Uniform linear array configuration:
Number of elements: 8
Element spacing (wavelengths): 0.25
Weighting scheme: uniform
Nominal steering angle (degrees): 30
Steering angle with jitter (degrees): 28.399
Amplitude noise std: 0.05
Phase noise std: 0.05

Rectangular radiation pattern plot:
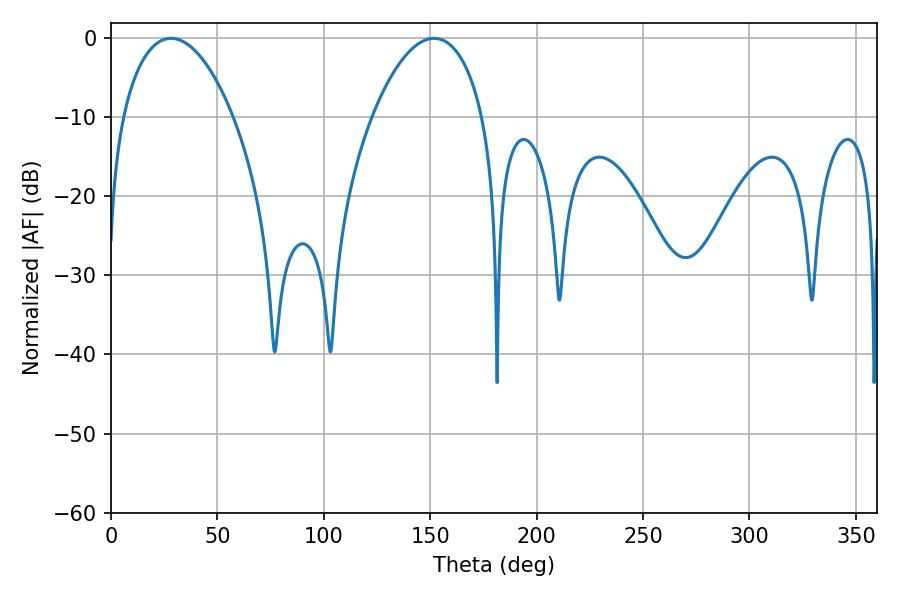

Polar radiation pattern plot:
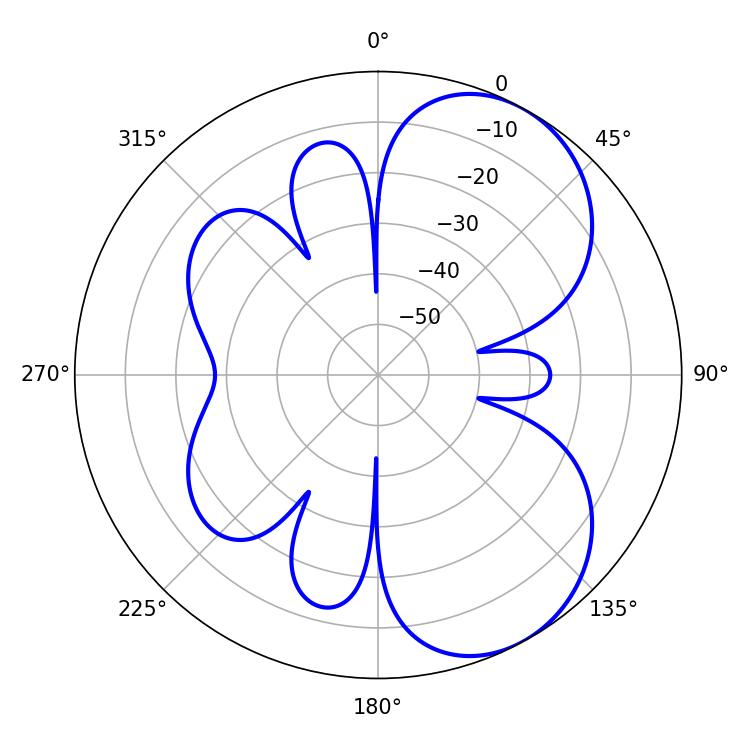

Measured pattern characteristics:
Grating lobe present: FALSE
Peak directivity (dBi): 6.011
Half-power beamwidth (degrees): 29.34
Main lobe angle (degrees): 28.26